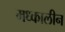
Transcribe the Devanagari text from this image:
मध्कालीन